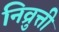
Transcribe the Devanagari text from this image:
निव्रुत्ती